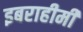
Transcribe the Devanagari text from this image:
इबराहीमी